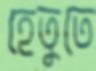
হেতুতে